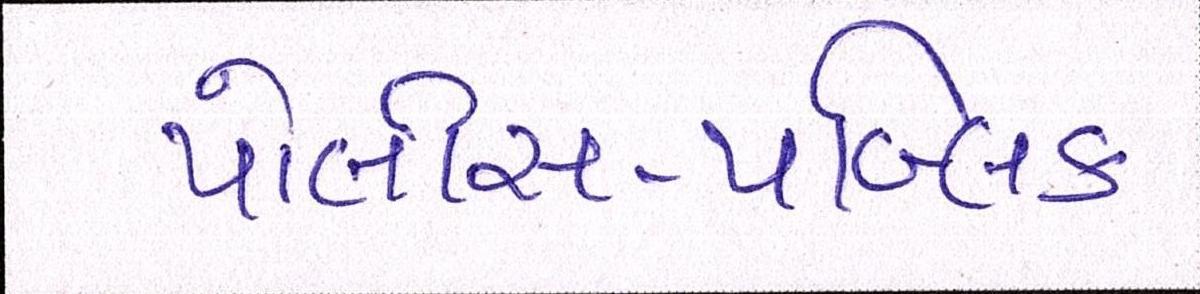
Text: પોલીસ-પબ્લિક